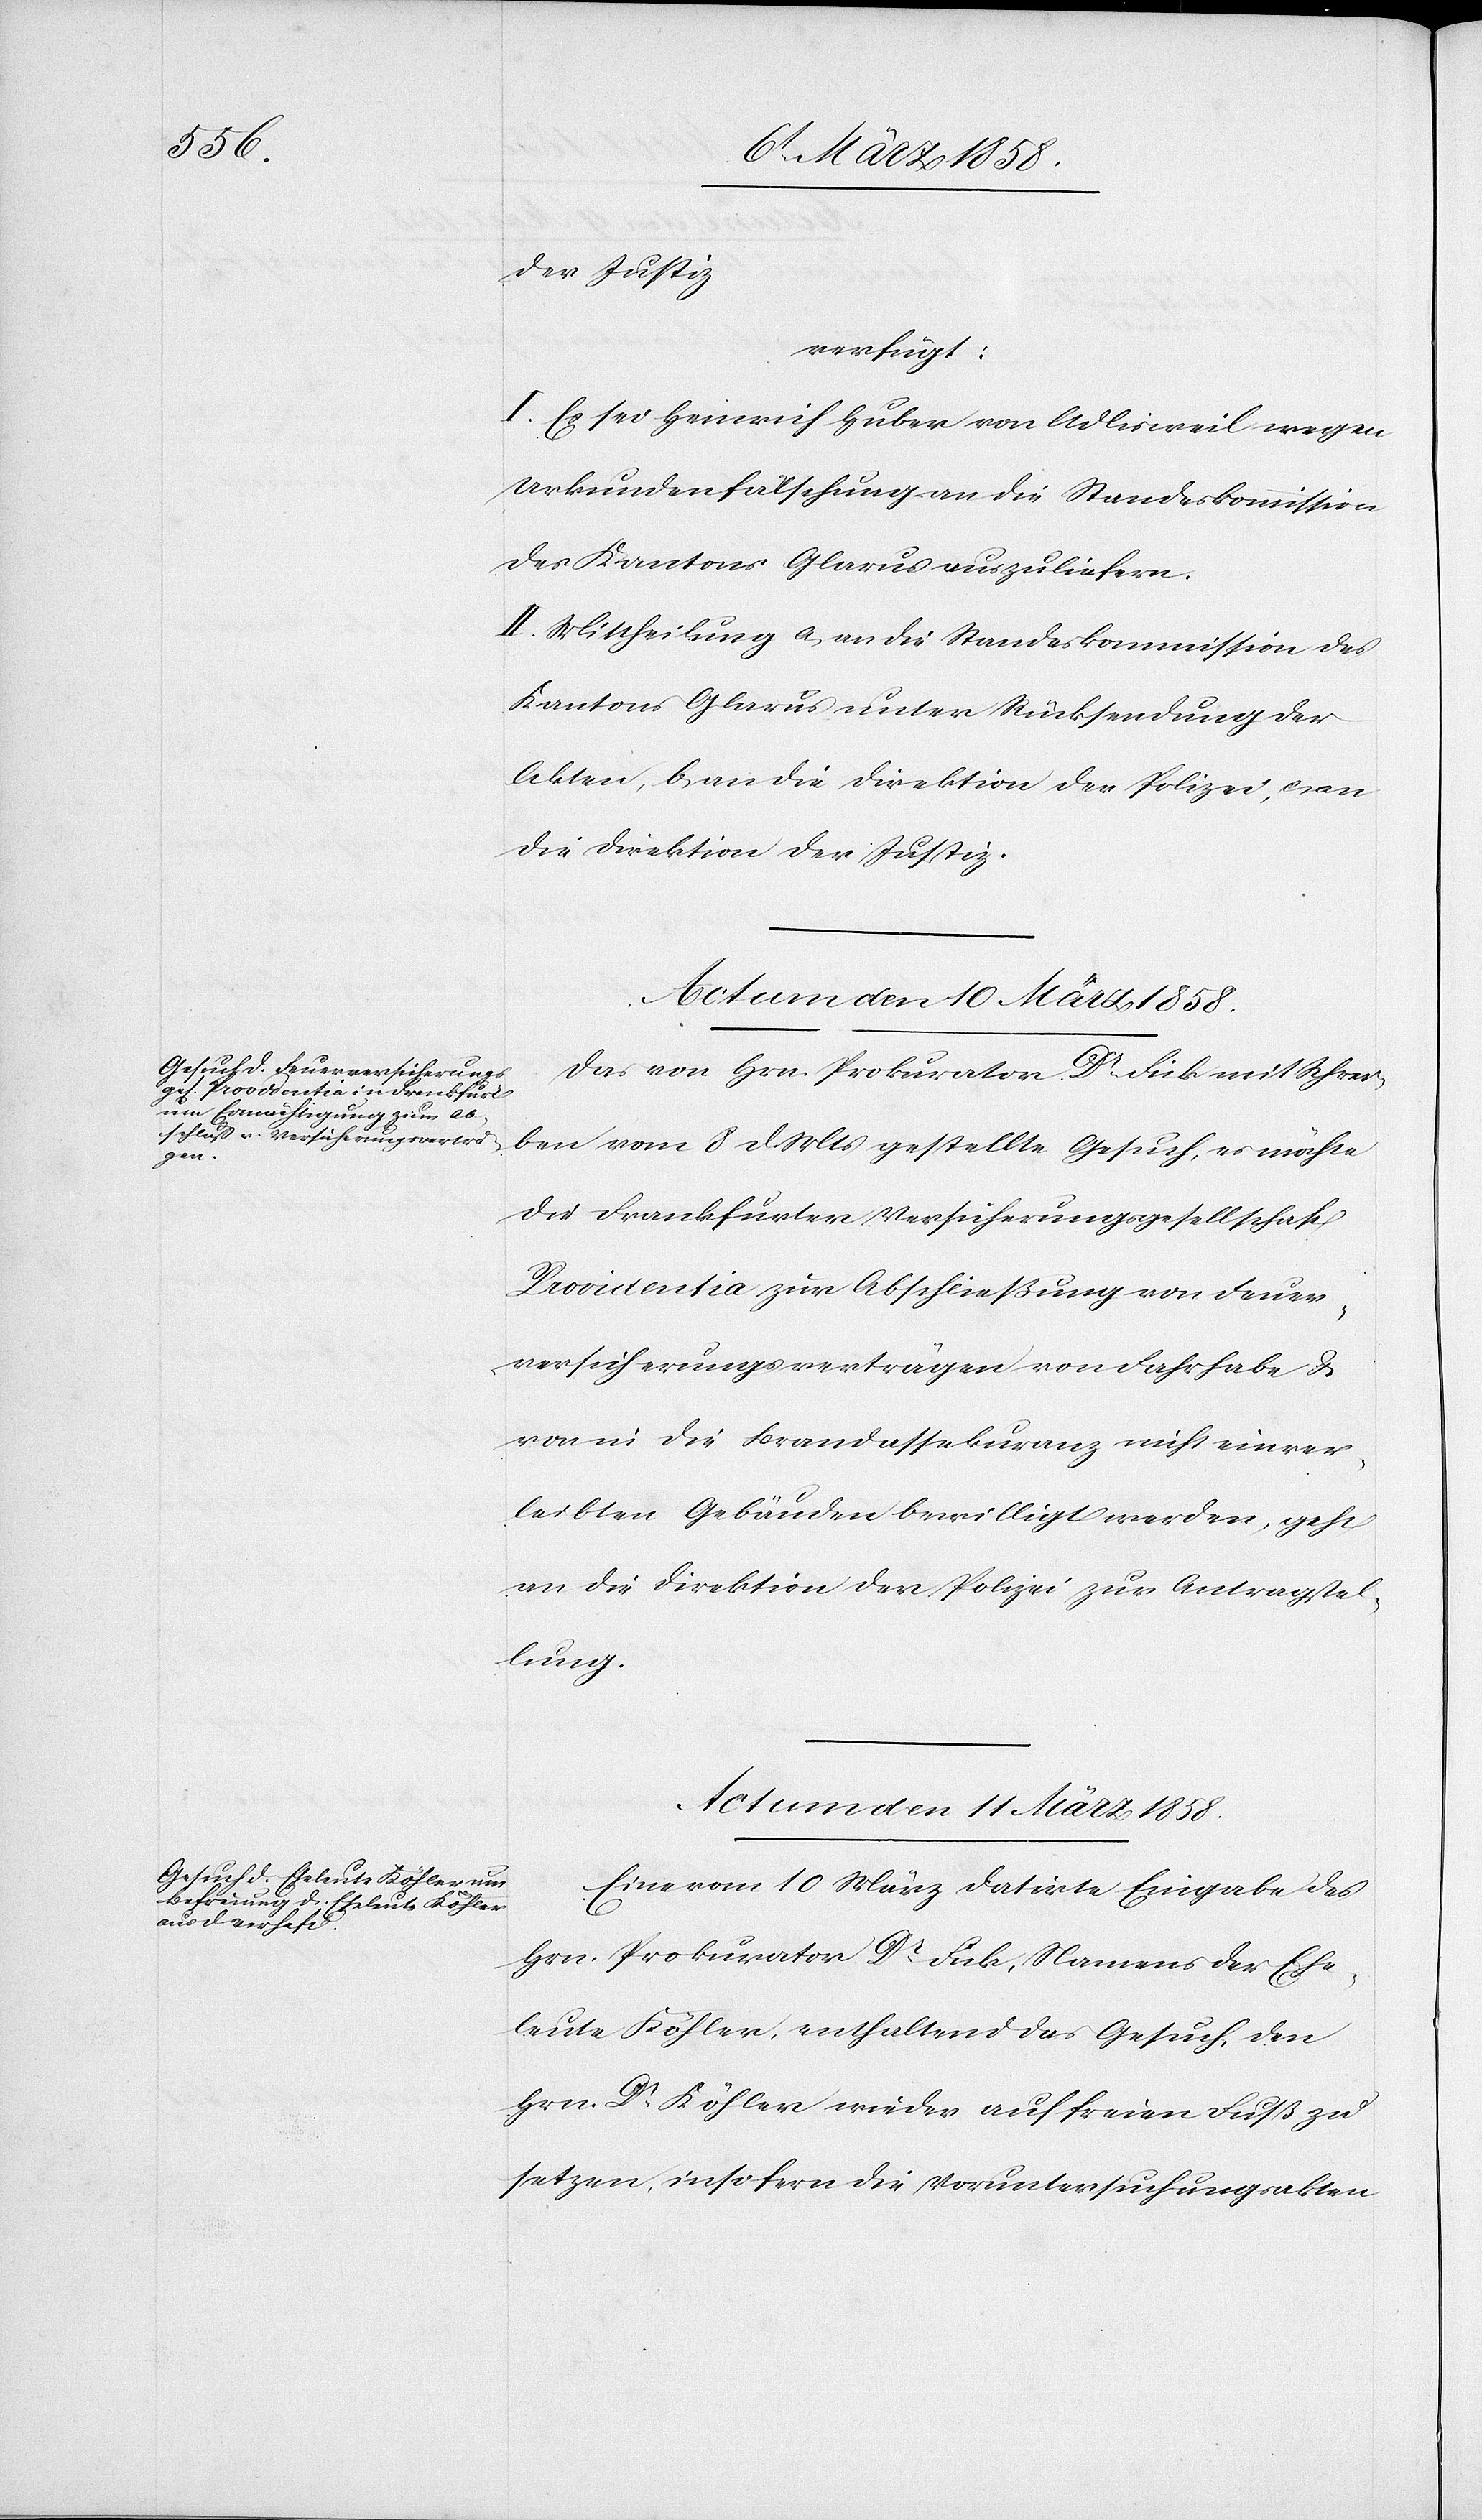
der Justiz,
verfügt:
I. Es sei Heinrich Huber von Adlisweil wegen
Urkundenfälschung an die Standeskommission
des Kantons Glarus auszuliefern.
II. Mittheilung a) an die Standeskommission des
Kantons Glarus unter Rücksendung der
Akten, b) an die Direktion der Polizei, c) an
die Direktion der Justiz.
Actum den 10. März 1858.
Das von Hrn. Prokurator Dr Fick mit Schrei¬
ben vom 8. d. Mts. gestellte Gesuch, es möchte
der Frankfurter Versicherungsgesellschaft
Providentia zur Abschließung von Feuer¬
versicherungsverträgen von Fahrhabe u.
von in die Brandassekuranz nicht einver¬
leibten Gebäuden bewilligt werden, geht
an die Direktion der Polizei zur Antragstel¬
lung.
Actum den 11. März 1858.
Eine vom 10. März datirte Eingabe des
Hrn. Prokurator Dr Fick, Namens der Ehe¬
leute Köhler, enthaltend das Gesuch, den
Hrn. Dr Köhler wieder auf freien Fuß zu
setzen, insofern die Voruntersuchungsakten